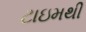
ટાઇમથી